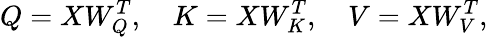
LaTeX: Q=XW_{Q}^{T},\ \ \ \ K=XW_{K}^{T},\ \ \ \ V=XW_{V}^{T},